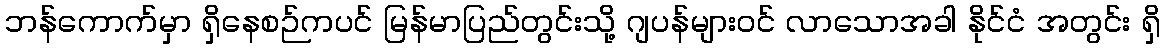
ဘန်ကောက်မှာ ရှိနေစဉ်ကပင် မြန်မာပြည်တွင်းသို့ ဂျပန်များဝင် လာသောအခါ နိုင်ငံ အတွင်း ရှိ